Insane asylums in Bengal annual reports 1867-1875 - 1867-1875
Year: 1867
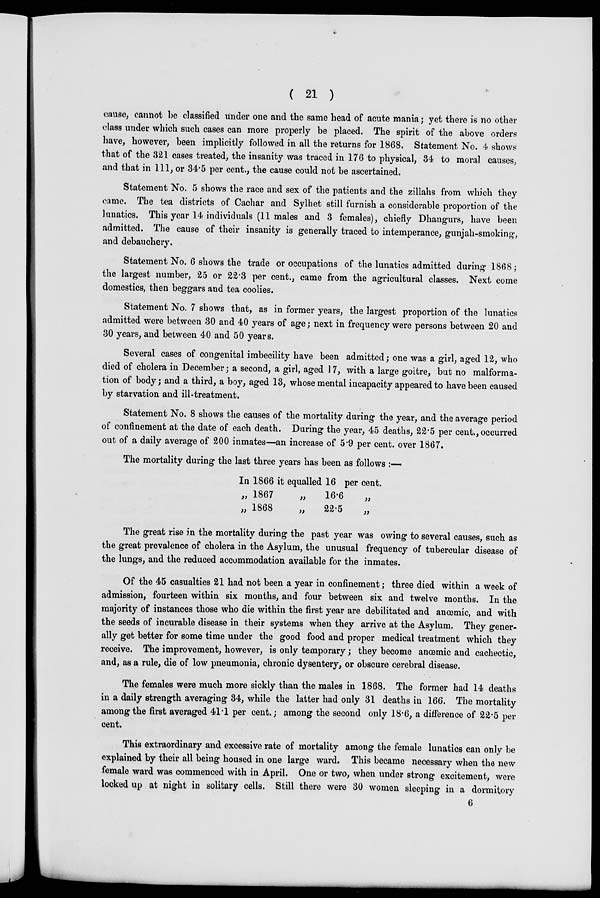
( 21 )
cause, cannot be classified under one and the same head of acute mania; yet there is no other
class under which such cases can more properly be placed. The spirit of the above orders
have, however, been implicitly followed in all the returns for 1868. Statement No. 4 shows
that of the 321 cases treated, the insanity was traced in 176 to physical, 34 to moral causes,
and that in 111, or 34.5 per cent., the cause could not be ascertained.
Statement No. 5 shows the race and sex of the patients and the zillahs from which they
came. The tea districts of Cachar and Sylhet still furnish a considerable proportion of the
lunatics. This year 14 individuals (11 males and 3 females), chiefly Dhangurs, have been
admitted. The cause of their insanity is generally traced to intemperance, gunjah-smoking,
and debauchery.
Statement No. 6 shows the trade or occupations of the lunatics admitted during 1868;
the largest number, 25 or 22.3 per cent., came from the agricultural classes. Next come
domestics, then beggars and tea coolies.
Statement No. 7 shows that, as in former years, the largest proportion of the lunatics
admitted were between 30 and 40 years of age; next in frequency were persons between 20 and
30 years, and between 40 and 50 years.
Several cases of congenital imbecility have been admitted; one was a girl, aged 12, who
died of cholera in December; a second, a girl, aged 17, with a large goitre, but no malforma-
tion of body; and a third, a boy, aged 13, whose mental incapacity appeared to have been caused
by starvation and ill-treatment.
Statement No. 8 shows the causes of the mortality during the year, and the average period
of confinement at the date of each death. During the year, 45 deaths, 22.5 per cent., occurred
out of a daily average of 200 inmates—an increase of 5.9 per cent. over 1867.
The mortality during the last three years has been as follows :—
In 1866 it equalled 16 per cent.
„ 1867
„
16.6
„
„ 1868
„
22.5
„
The great rise in the mortality during the past year was owing to several causes, such as
the great prevalence of cholera in the Asylum, the unusual frequency of tubercular disease of
the lungs, and the reduced accommodation available for the inmates.
Of the 45 casualties 21 had not been a year in confinement; three died within a week of
admission, fourteen within six months, and four between six and twelve months. In the
majority of instances those who die within the first year are debilitated and anœmic, and with
the seeds of incurable disease in their systems when they arrive at the Asylum. They gener-
ally get better for some time under the good food and proper medical treatment which they
receive. The improvement, however, is only temporary; they become anœmic and cachectic,
and, as a rule, die of low pneumonia, chronic dysentery, or obscure cerebral disease.
The females were much more sickly than the males in 1868. The former had 14 deaths
in a daily strength averaging 34, while the latter had only 31 deaths in 166. The mortality
among the first averaged 41.1 per cent.; among the second only 18.6, a difference of 22.5 per
cent.
This extraordinary and excessive rate of mortality among the female lunatics can only be
explained by their all being housed in one large ward. This became necessary when the new
female ward was commenced with in April. One or two, when under strong excitement, were
locked up at night in solitary cells. Still there were 30 women sleeping in a dormitory
6